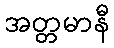
အတ္တမာနီ